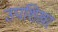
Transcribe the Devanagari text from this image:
उपशिखर